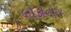
લોકોનોજ